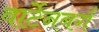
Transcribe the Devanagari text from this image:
वार्टेनबर्ग